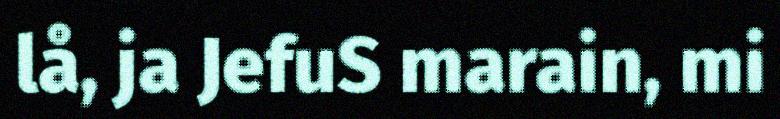
lå, ja JefuS marain, mi